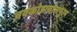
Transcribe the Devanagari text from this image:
जयंकोडाचोलपुरम